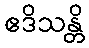
ဧဒိသန္တိ